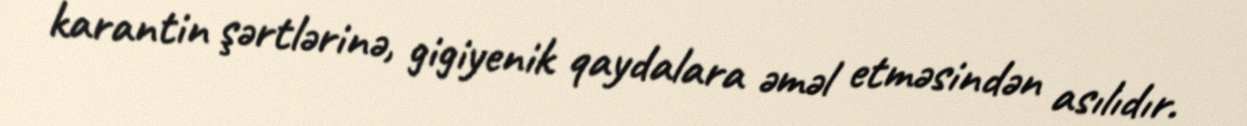
karantin şərtlərinə, gigiyenik qaydalara əməl etməsindən asılıdır.